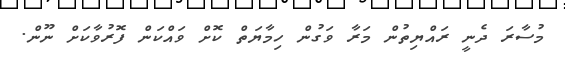
މުސާރަ ދެނީ ރައްޔިތުން މަރާ ވަގުން ހިމާޔަތް ކޮށް ވައްކަން ފޮރުވާކަށް ނޫން.